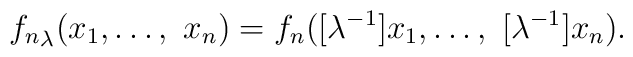
{f_n}_\lambda(x_1,\ldots,\ x_n) =f_n([\lambda^{-1}]x_1,\ldots,\ [\lambda^{-1}]x_n).